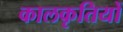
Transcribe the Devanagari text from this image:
कालकृतियों